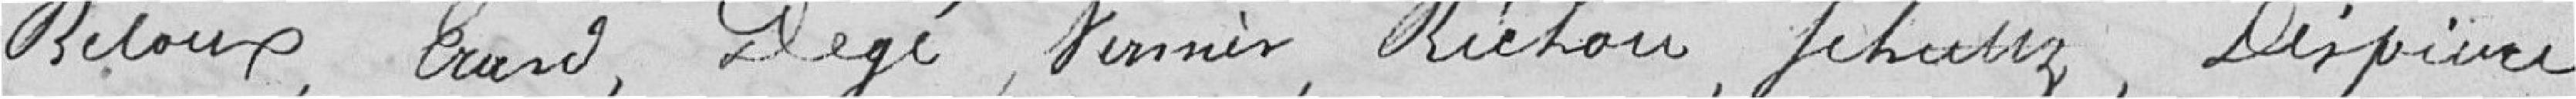
BELOUX, ERARD, DEGE, VERNIER, RICHOU, SEHULTZ, DESPIERRE,